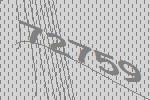
72759